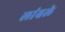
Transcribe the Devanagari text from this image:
लांबले